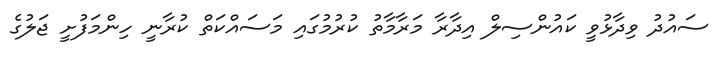
ސައުދު ވިދާޅުވީ ކައުންސިލް އިދާރާ މަރާމާތު ކުރުމުގައި މަސައްކަތް ކުރާނީ ހިންމަފުށީ ޖަލުގެ